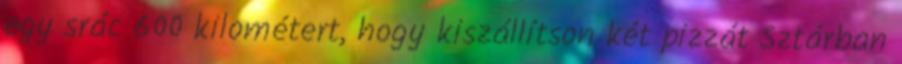
egy srác 600 kilométert, hogy kiszállítson két pizzát Sztárban